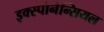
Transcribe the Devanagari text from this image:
इक्स्पोनेन्सियल